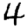
Digit: 4